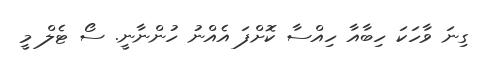
ގިނަ ވާހަކަ ހިބާއާ ހިއްސާ ކޮށްފަ އެއްނު ހުންނާނީ. ސޯ ޓެލް މީ